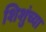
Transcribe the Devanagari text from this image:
शिशुंच्या